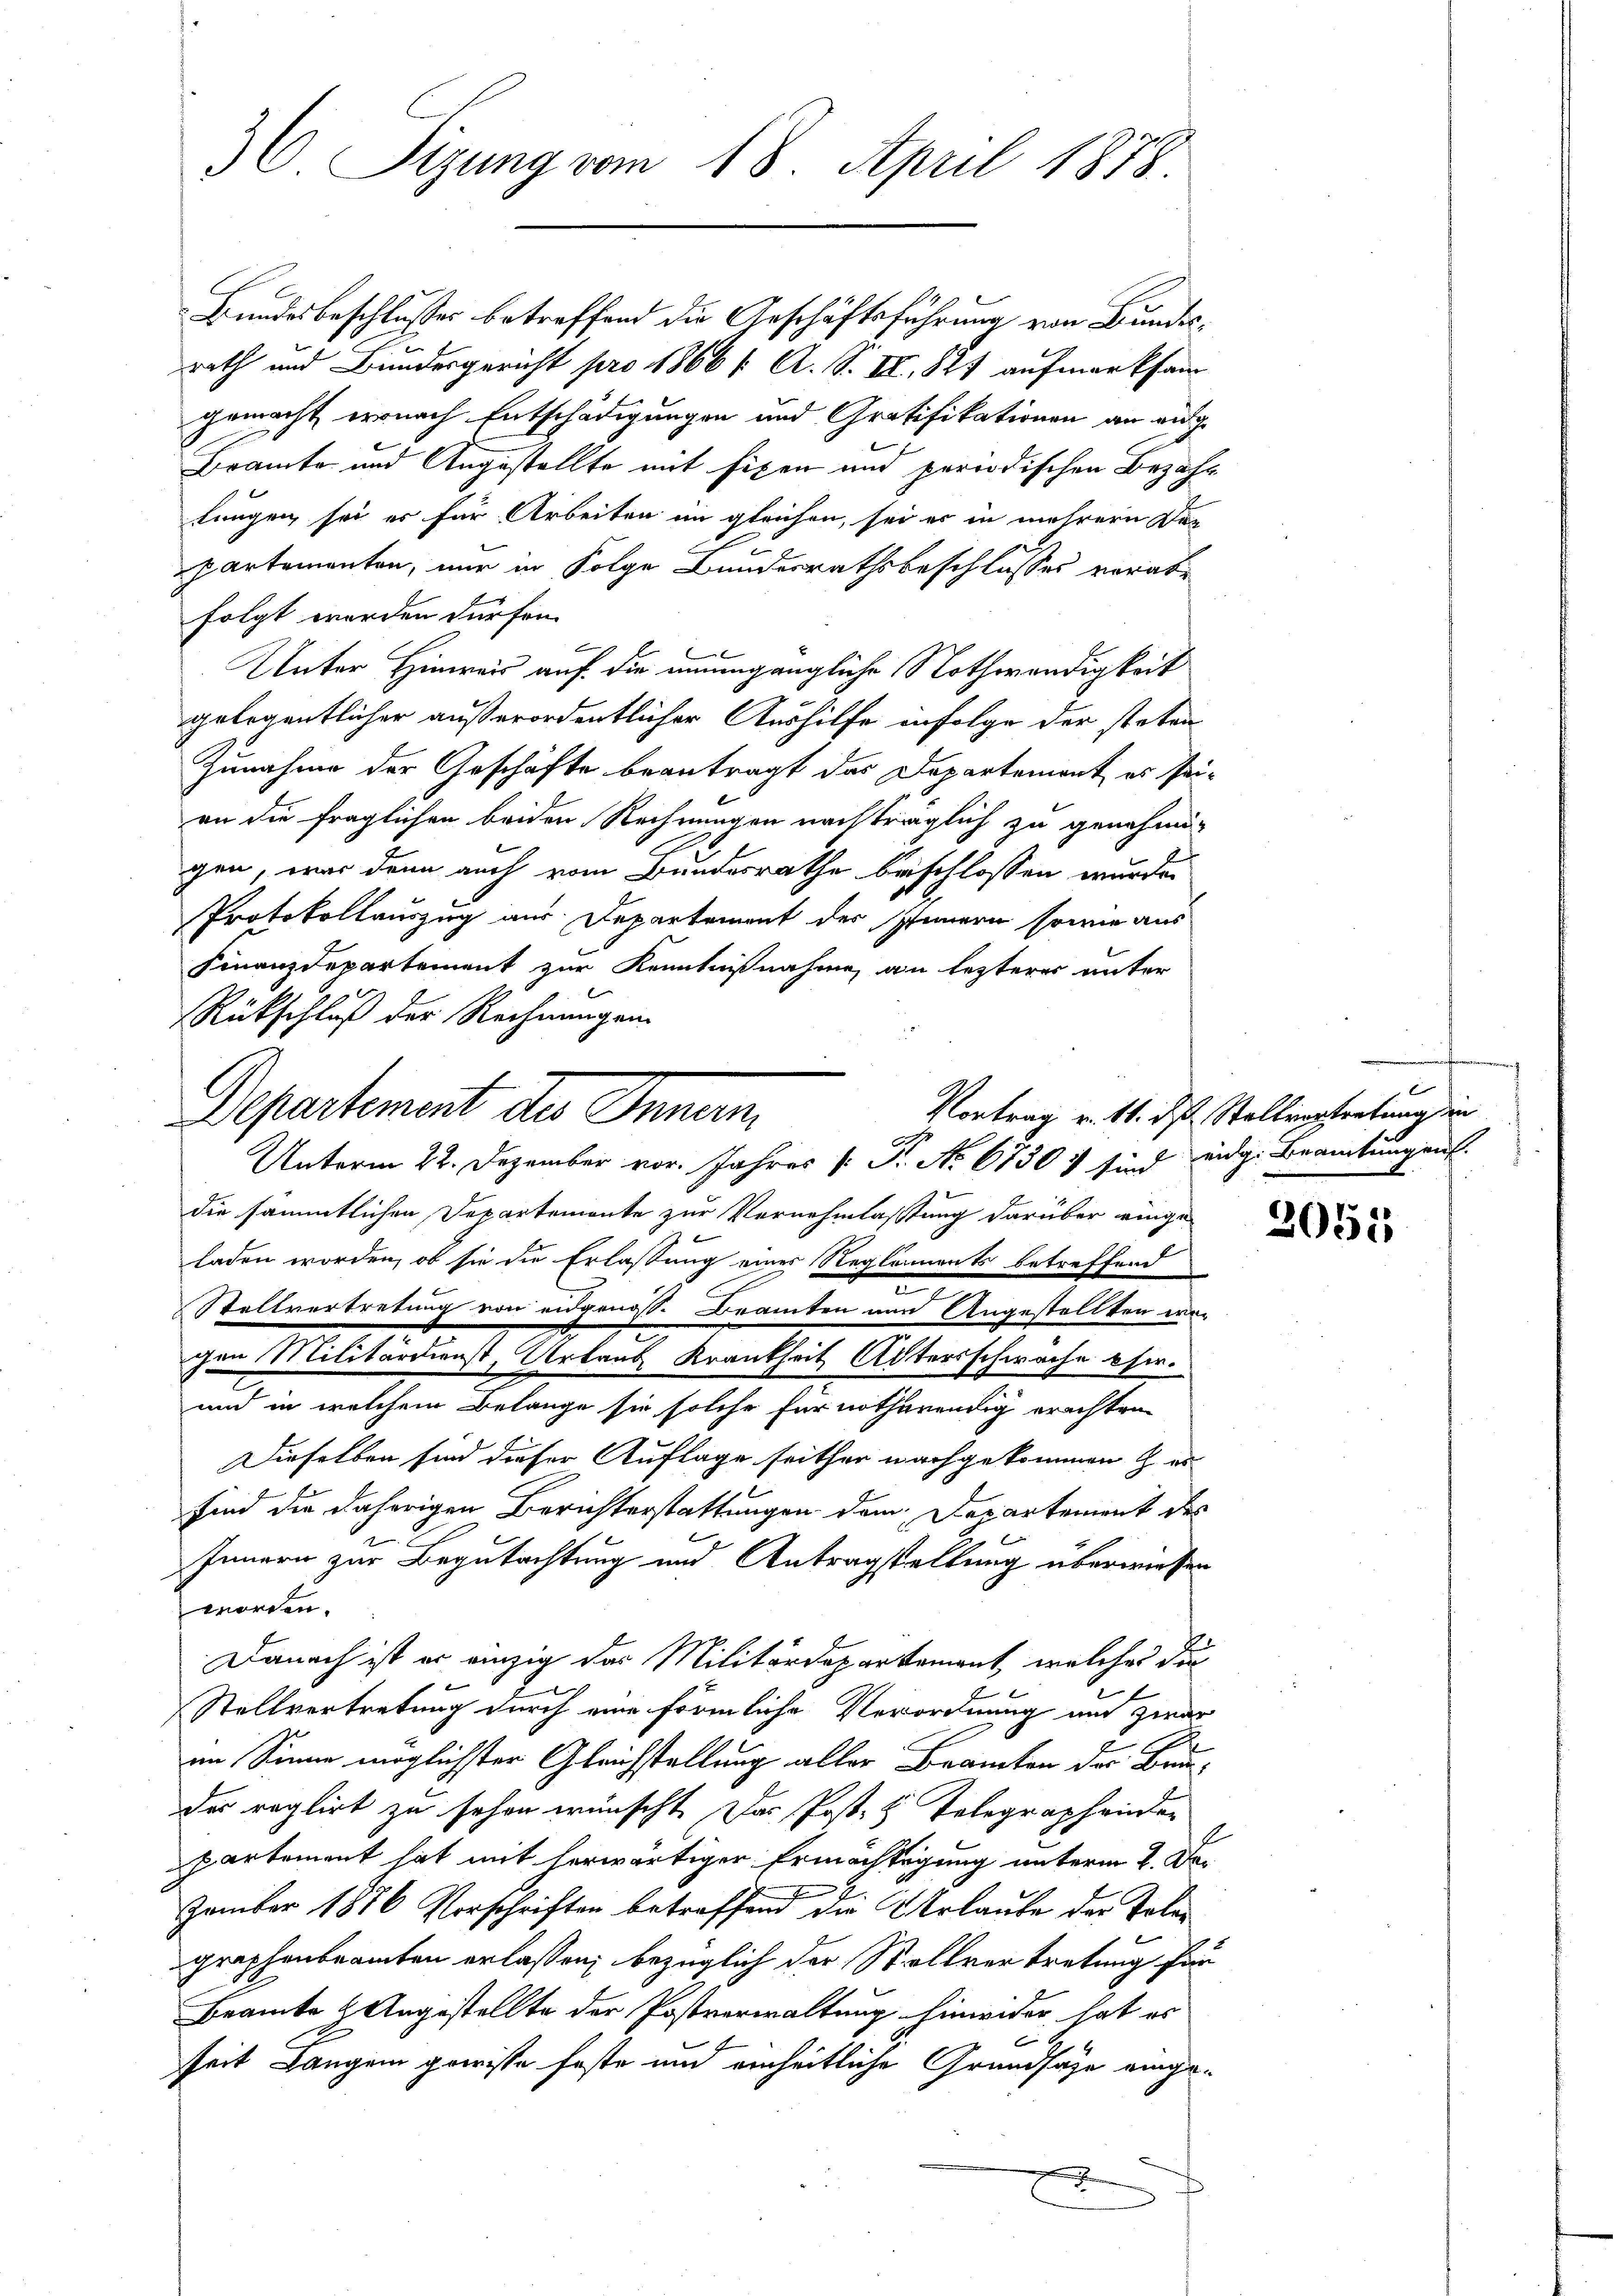
36. Sizung vom 18. April 1878.

Bundesbeschlusses betreffend die Aeschäftsführung von Bundesrath und Bundesgericht pro 1866 f. A. S. II, 827 aufmerksam
gemacht ernach Entschädigungen und Gratifikationen an aug.
Bramte und Angestellte mit fixen und periodischen Bezahlungen sei es für Arbeiten im gleichen, sei es in mehrern Dre
.
partementen, nur in Folge Bundesrathsbeschlusses verabr
folgt worden dürfen.
Unter Hinweis auf die unumgängliche Nothwendigkeit
gelegentlicher außerordentlicher Aushilfe infolge der steten
Zunahme der Geschäfte beantragt das Departemont es seian die fraglichen beiden Rechnungen nachträglich zu genehmi-
gen, war denn auch vom Bundesrathe beschlossen wurde.
Protokollauszug aus Departement des Innern sowie aus
Finanzdepartement zur Kenntnißnahme an lezterer unter
Rückschluß der Rechnungen.
die sämmtlichen Departemonte zur Vernehmlassung darüber einge
laden worden, ob sie die Erlassung eines Reglements betreffend
Stellvertretung von eidgenoss. Beamten und Angestellten war
gen Militärdienst, Urlaus Krankheit Altersschwache eher¬
und in welchem Belange sie solche für nothwendig erachten
Dieselben sind dieser Auflage seither nachgekommen & er
sind die daherigen Berichterstattungen dem Departement des
F
.
Innern zur Begutachtung und Antragstellung überwiesen
worden.
Danach ist er einzig der Militärdepartement, welches die
Stellvertretung durch eine förmliche Verordnung und zwar
im Sinne möglichster Gleichstellung aller Beamten der Baudes reglirt zu sehen wünscht. Das Post. H. Telegraphenden
partement hat mit herwärtiger Ermächtigung unterm 2. De¬
Zember 1876 Vorschriften betreffend die Urlaube der Tolegraphenbeamten erlassen, bezüglich der Stellvertretung für
Beamte Angestellte der Postverwaltung hinwider hat es
seit Langen gewisse feste und einheitliche Grundsäge einge¬
.

Departement der Finan
Unterm 22. Dezember vor. Jahres [Fr. No 6730) sind eidg. Beamtungen.

Vortrag v. 11. ds Stallvertretung in

2055